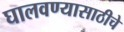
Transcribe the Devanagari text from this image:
घालवण्यासाठीचे